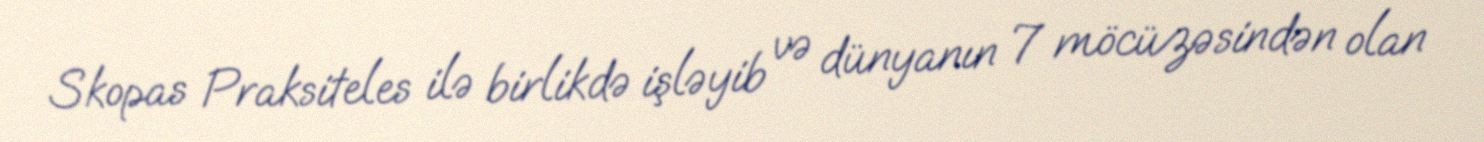
Skopas Praksiteles ilə birlikdə işləyib və dünyanın 7 möcüzəsindən olan